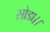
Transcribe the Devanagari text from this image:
सोडा।।